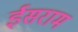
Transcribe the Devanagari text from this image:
ईसराम